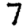
Digit: 7